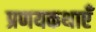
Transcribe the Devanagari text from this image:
प्रणयकथाएँ